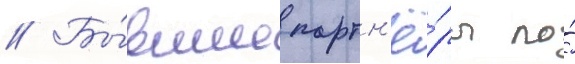
// Бы́вшие партн'ё́ры по́